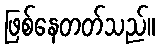
ဖြစ်နေတတ်သည်။